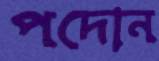
পদোন